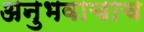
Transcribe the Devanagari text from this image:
अनुभवाचाच